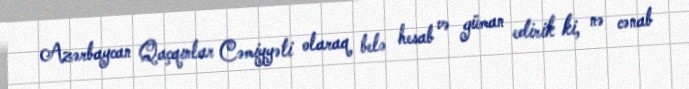
Azərbaycan Qaçqınlar Cəmiyyəti olaraq belə hesab və güman edirik ki, nə cənab